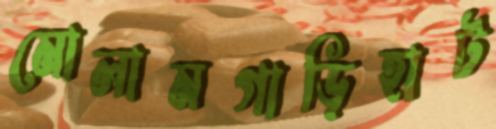
মোলামগাড়িহাট